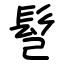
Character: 𩫻